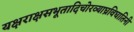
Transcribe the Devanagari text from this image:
यक्षराक्षसभूतादिचोरव्याघ्रविघातिनी